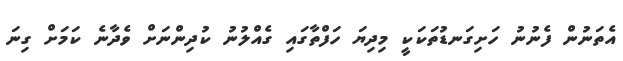
އެތަނުން ފެނުނު ހަށިގަނޑުތަކަކީ މިދިޔަ ހަފްތާގައި ގެއްލުނު ކުދިންނަށް ވެދާނެ ކަމަށް ގިނަ